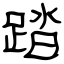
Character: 踏